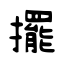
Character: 擺